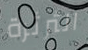
الثرثرة